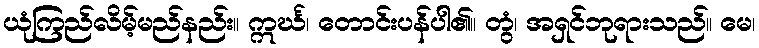
ယုံကြည်လိမ့်မည်နည်း။ ဣင်္ဃ၊ တောင်းပန်ပါ၏။ တွံ၊ အရှင်ဘုရားသည်။ မေ၊